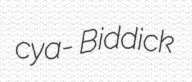
cya- Biddick